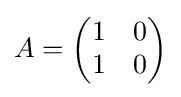
A={\begin{pmatrix}1&0\\1&0\end{pmatrix}}